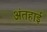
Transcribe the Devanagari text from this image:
अंतहाई